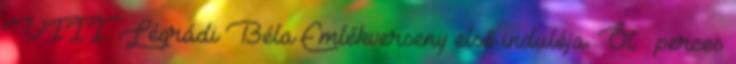
VIII. Légrádi Béla Emlékverseny első indulója. Őt ½ perces